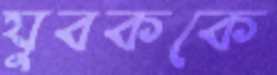
যুবককে